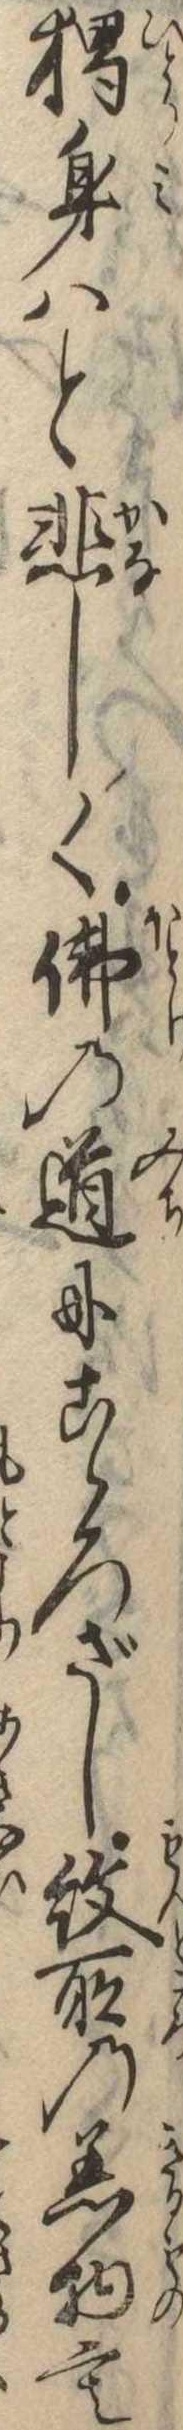
独身はと悲しく仏の道にこゝろざし紋所の着物も